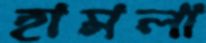
হামলা